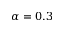
\alpha = 0 . 3